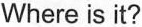
Where is it?